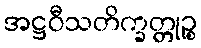
အဋ္ဌဝီသတိက္ခတ္တုဉ္စ